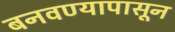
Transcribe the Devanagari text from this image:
बनवण्यापासून